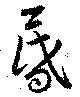
昏